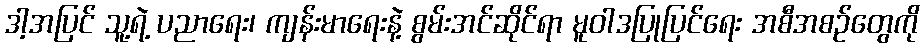
ဒါ့အပြင် သူ့ရဲ့ ပညာရေး၊ ကျန်းမာရေးနဲ့ စွမ်းအင်ဆိုင်ရာ မူဝါဒပြုပြင်ရေး အစီအစဉ်တွေကို